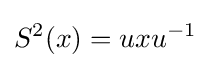
S^{2}(x)=uxu^{-1}